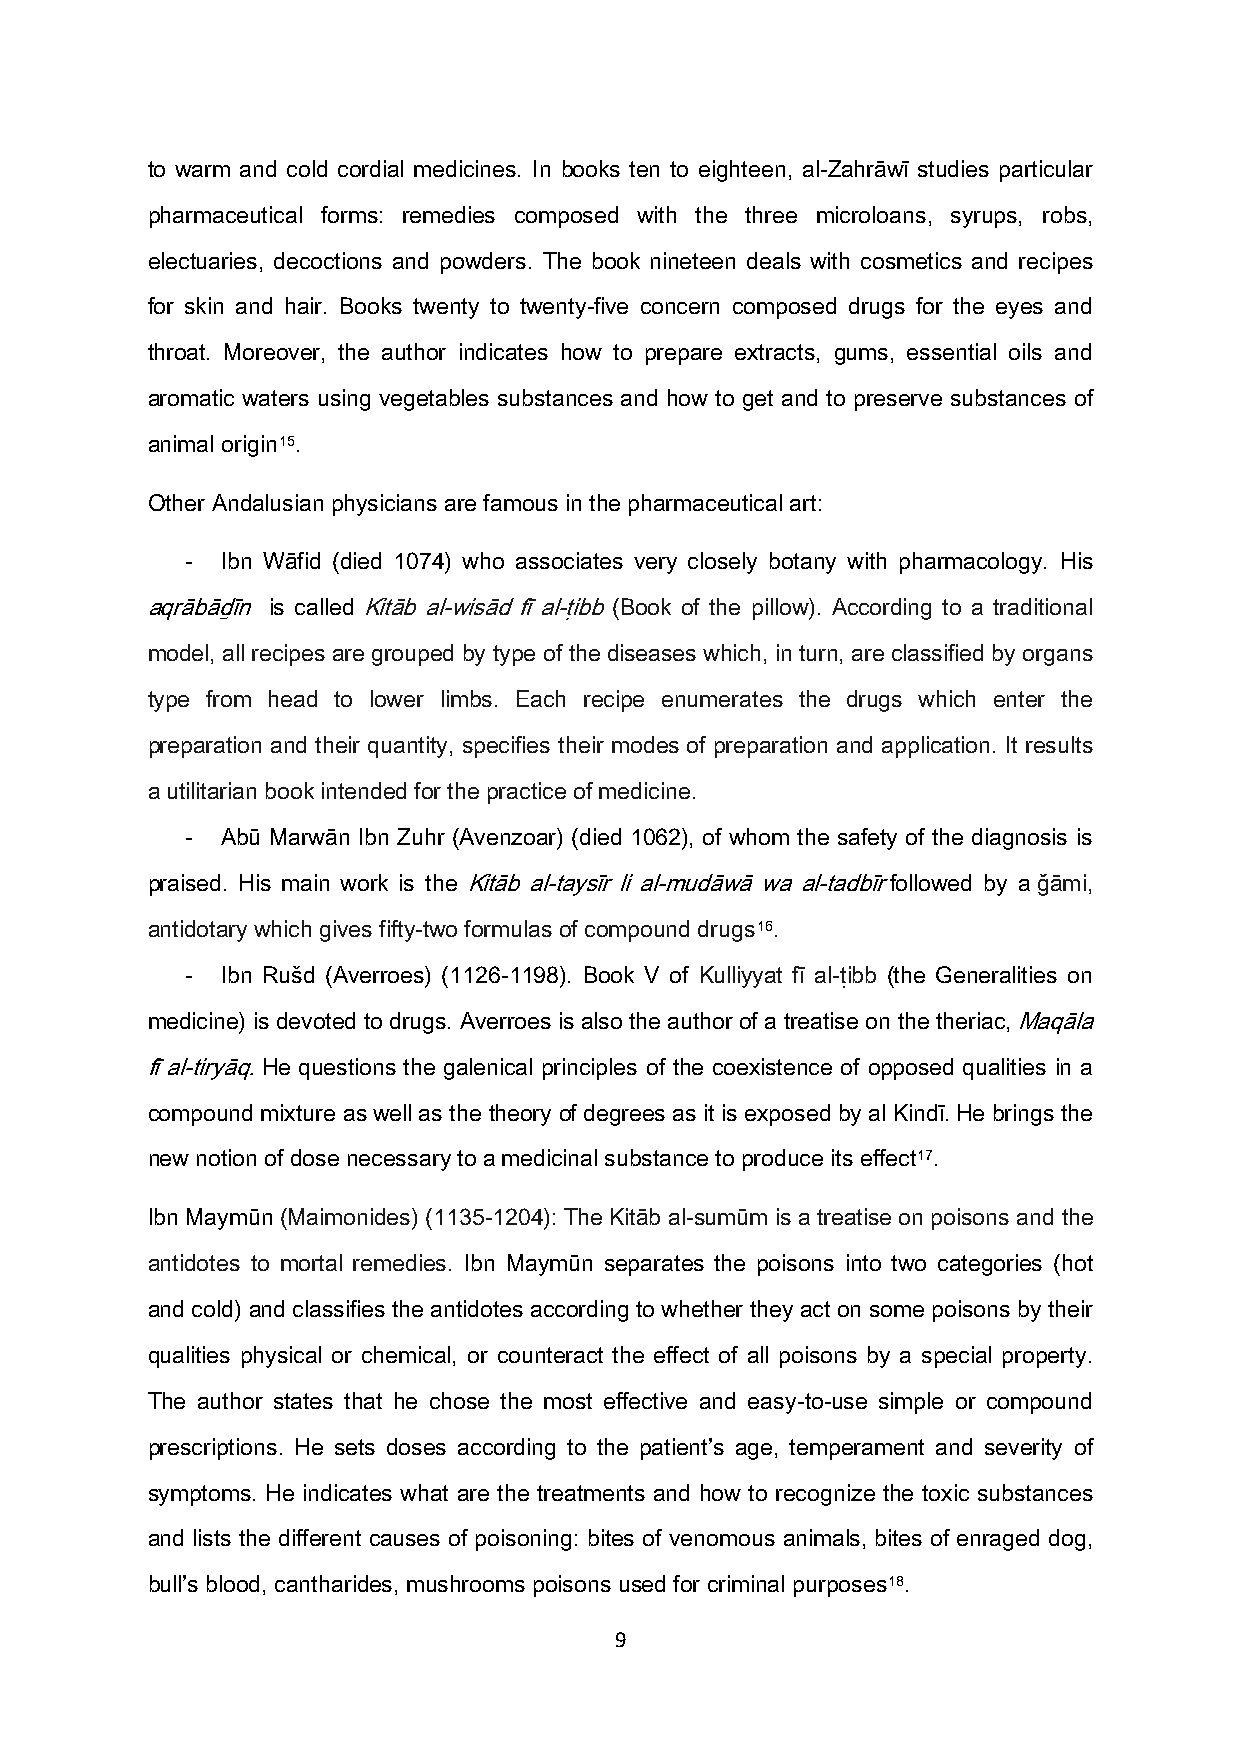
to warm and cold cordial medicines. In books ten to eighteen, al-Zahrāwī studies particular
 pharmaceutical forms: remedies composed with the three microloans, syrups, robs,
 electuaries, decoctions and powders. The book nineteen deals with cosmetics and recipes
 for skin and hair. Books twenty to twenty-five concern composed drugs for the eyes and
 throat. Moreover, the author indicates how to prepare extracts, gums, essential oils and
 aromatic waters using vegetables substances and how to get and to preserve substances of
 animal origin15.
 Other Andalusian physicians are famous in the pharmaceutical art:
 -  Ibn Wāfid (died 1074) who associates very closely botany with pharmacology. His
 aqrābāḏīn is called Kitāb al-wisād fī al-ṭibb (Book of the pillow). According to a traditional
 model, all recipes are grouped by type of the diseases which, in turn, are classified by organs
 type from head to lower limbs. Each recipe enumerates the drugs which enter the
 preparation and their quantity, specifies their modes of preparation and application. It results
 a utilitarian book intended for the practice of medicine.
 -  Abū Marwān Ibn Zuhr (Avenzoar) (died 1062), of whom the safety of the diagnosis is
 praised. His main work is the Kitāb al-taysīr li al-mudāwā wa al-tadbīr followed by a ǧāmi,
 antidotary which gives fifty-two formulas of compound drugs16.
 -  Ibn Rušd (Averroes) (1126-1198). Book V of Kulliyyat fī al-ṭibb (the Generalities on
 medicine) is devoted to drugs. Averroes is also the author of a treatise on the theriac, Maqāla
 fī al-tiryāq. He questions the galenical principles of the coexistence of opposed qualities in a
 compound mixture as well as the theory of degrees as it is exposed by al Kindī. He brings the
 new notion of dose necessary to a medicinal substance to produce its effect17.
 Ibn Maymūn (Maimonides) (1135-1204): The Kitāb al-sumūm is a treatise on poisons and the
 antidotes to mortal remedies. Ibn Maymūn separates the poisons into two categories (hot
 and cold) and classifies the antidotes according to whether they act on some poisons by their
 qualities physical or chemical, or counteract the effect of all poisons by a special property.
 The author states that he chose the most effective and easy-to-use simple or compound
 prescriptions. He sets doses according to the patient’s age, temperament and severity of
 symptoms. He indicates what are the treatments and how to recognize the toxic substances
 and lists the different causes of poisoning: bites of venomous animals, bites of enraged dog,
 bull’s blood, cantharides, mushrooms poisons used for criminal purposes18.
 9